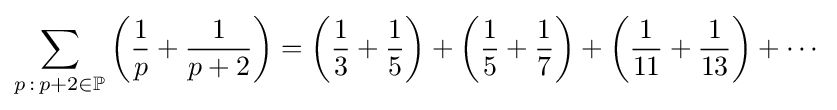
\sum \limits _{p\,:\,p+2\in \mathbb {P} }{\left({{\frac {1}{p}}+{\frac {1}{p+2}}}\right)}=\left({{\frac {1}{3}}+{\frac {1}{5}}}\right)+\left({{\frac {1}{5}}+{\frac {1}{7}}}\right)+\left({{\frac {1}{11}}+{\frac {1}{13}}}\right)+\cdots